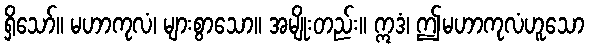
ရှိသော်။ မဟာကုလံ၊ များစွာသော။ အမျိုးတည်း။ ဣဒံ၊ ဤမဟာကုလံဟူသော